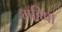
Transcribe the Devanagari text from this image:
महिषा